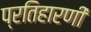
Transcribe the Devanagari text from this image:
प्रतिहारणी